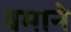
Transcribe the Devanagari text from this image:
वमाने